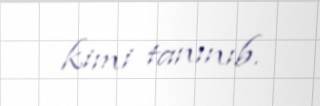
kimi tanınıb.